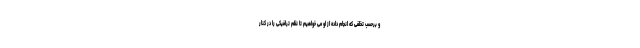
و برحسب تخلفی که انجام داده از او می خواهیم تا نظم ترافیکی را در کنار